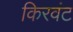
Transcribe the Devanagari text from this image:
किरवंट